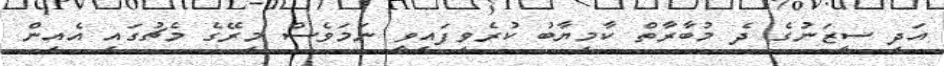
އަދި ސީޒަނުގެ ދެ މުބާރާތް ކާމިޔާބު ކުރެވިފައިވީ ނަމަވެސް މިރޭގެ މެޗުގައި އެއިން